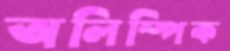
অলিম্পিক